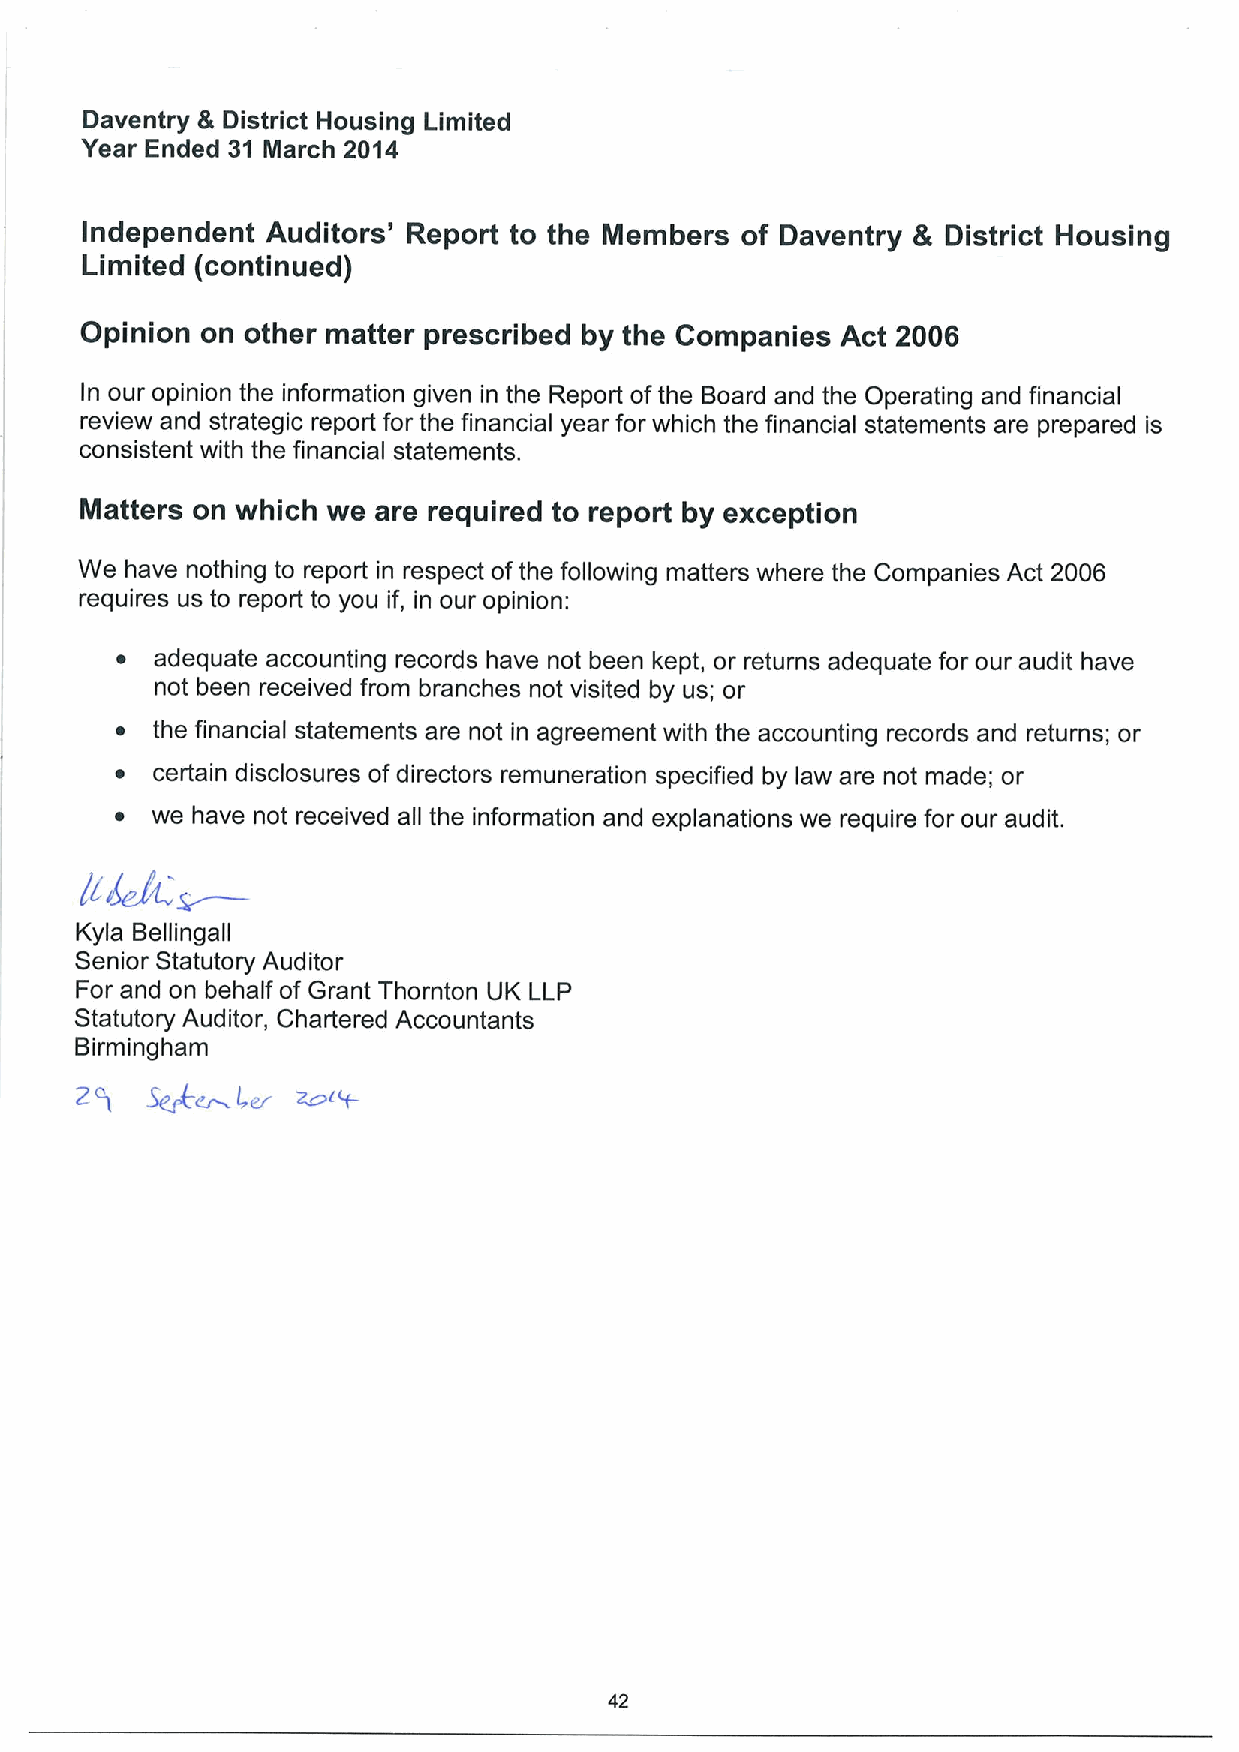
Daventry & District Housing Limited
 Year Ended 31 March 2014
 Independent  Auditors' Report to the Members of Daventry & District Housing
 Limited (continued)
 Opinion on other matter prescribed by the Companies Act 2006
 In our opinion the information given in the Report ofthe Board and the Operating and financial
 review and strategic report for the financial year for which the financial statements are prepared is
 consistent with the financial statements.
 Matters on which we are required to report by exception
 We have nothing to report in respect ofthe following matters where the Companies Act 2006
 requires us to report to you if, in our opinion:
 ~ adequate accounting records have not been kept, or returns adequate for our audit have
 not been received from branches not visited by us; or
 ~ the financial statements are not in agreement with the accounting records and returns; or
 ~ certain disclosures ofdirectors remuneration specified by law are not made; or
 ~ we have not received all the information and explanations we require for our audit.
 Kyla Bellingall
 Senior Statutory Auditor
 For and on behalf of Grant Thornton UK LLP
 Statutory Auditor, Chartered Accountants
 Birmingham
 ~er
 Z
 I
 l,er
 42